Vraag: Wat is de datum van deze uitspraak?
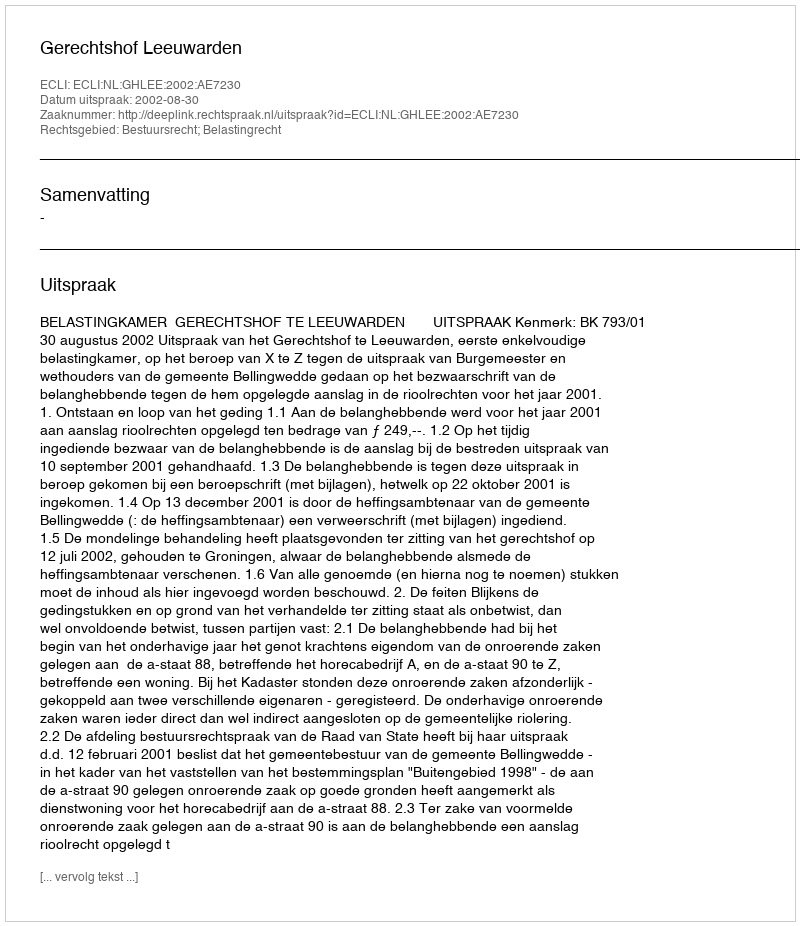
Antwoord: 2002-08-30